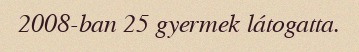
2008-ban 25 gyermek látogatta.